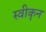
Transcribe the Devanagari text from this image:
स्वीकृन